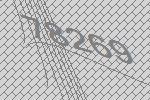
78269